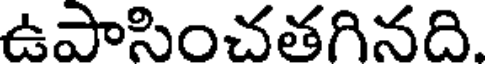
ఉపాసించతగినది.